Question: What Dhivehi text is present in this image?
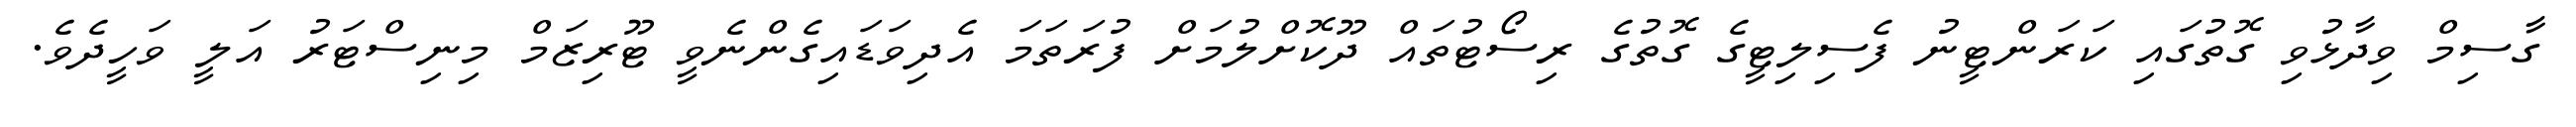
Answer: ގާސިމް ވިދާޅުވި ގޮތުގައި ކަރަންޓީނު ފެސިލިޓީގެ ގޮތުގެ ރިސޯޓުތައް ދޫކޮށްލުމަށް ފުރަތަމަ އެދިވަޑައިގެންނެވީ ޓޫރިޒަމް މިނިސްޓަރު އަލީ ވަހީދެވެ.